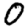
Digit: 0